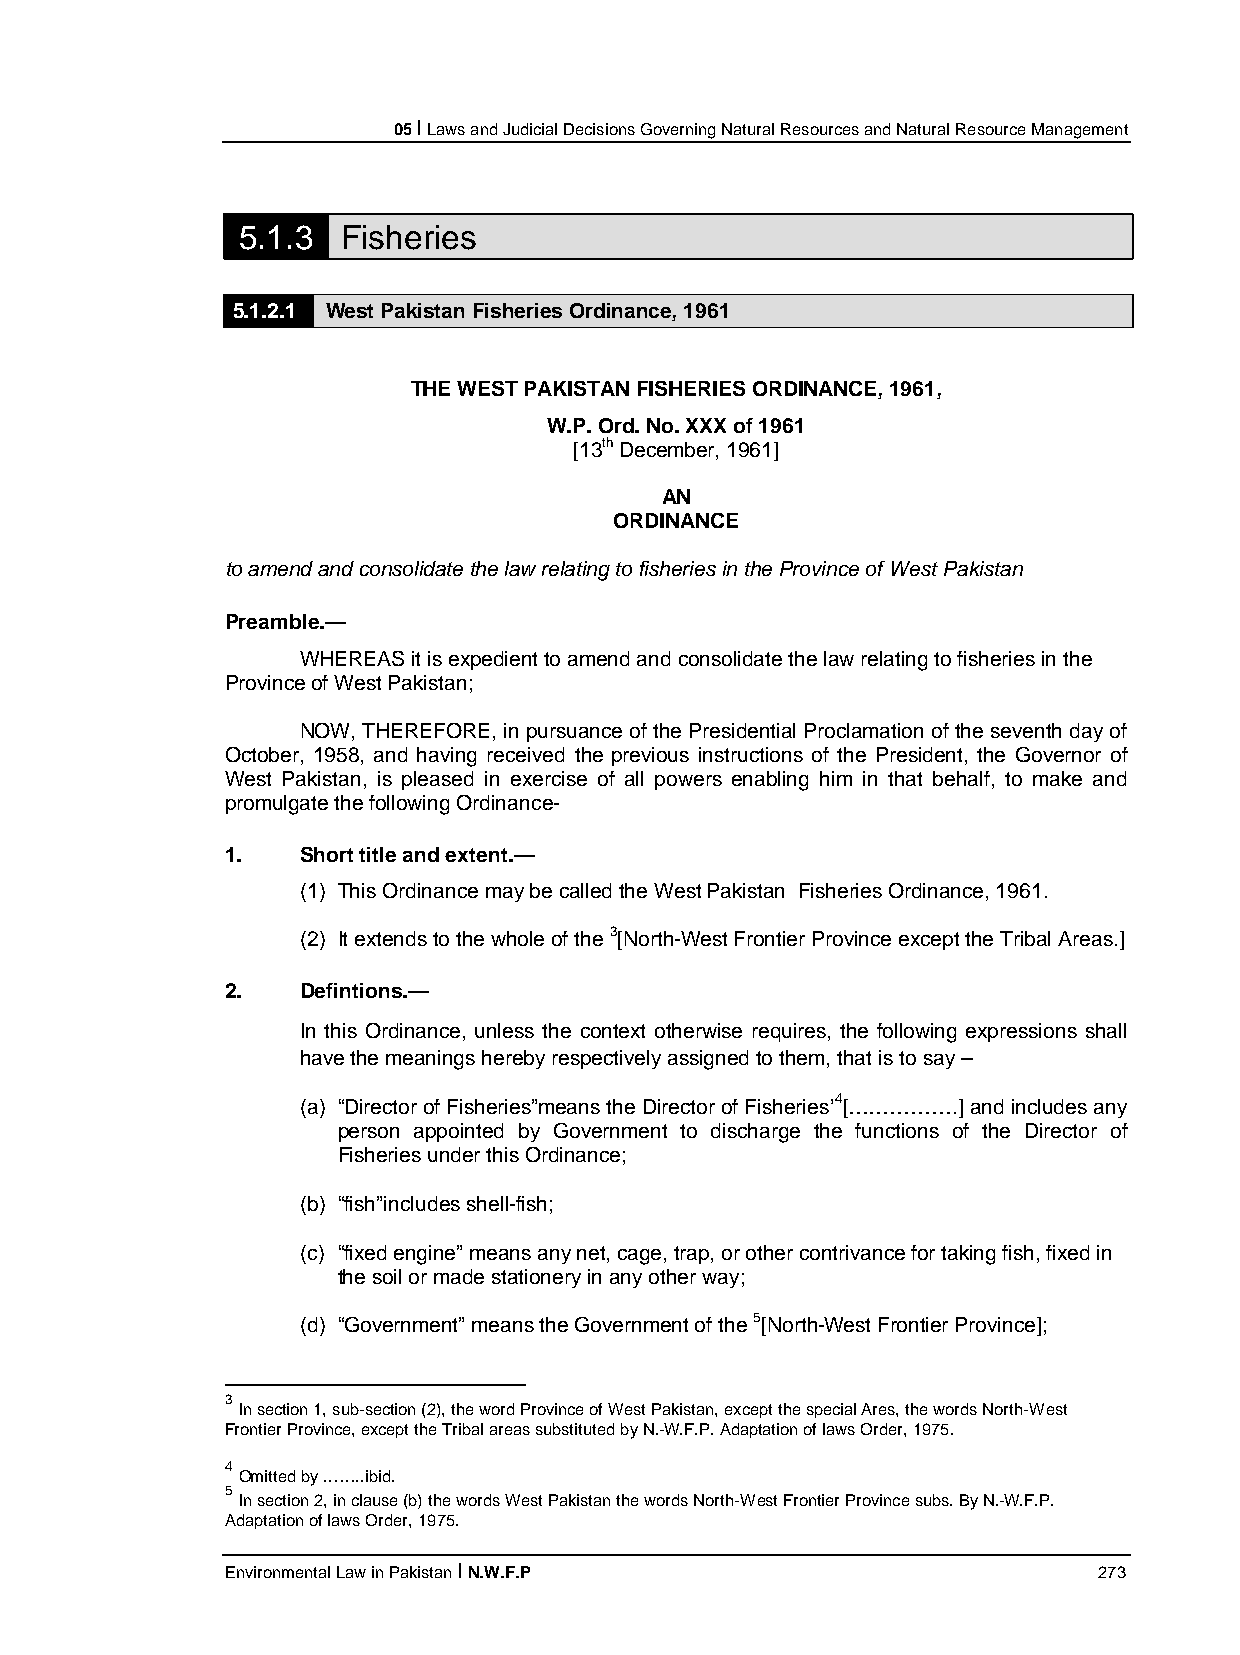
05 I Laws and Judicial Decisions Governing Natural Resources and Natural Resource Management
 5.1.3  Fisheries
 5.1.2.1 West Pakistan Fisheries Ordinance, 1961
 THE WEST PAKISTAN FISHERIES ORDINANCE, 1961,
 W.P. Ord. No. XXX of 1961
 [13th December, 1961]
 AN
 ORDINANCE
 to amend and consolidate the law relating to fisheries in the Province of West Pakistan
 Preamble.—
 WHEREAS it is expedient to amend and consolidate the law relating to fisheries in the
 Province of West Pakistan;
 NOW, THEREFORE, in pursuance of the Presidential Proclamation of the seventh day of
 October, 1958, and having received the previous instructions of the President, the Governor of
 West Pakistan, is pleased in exercise of all powers enabling him in that behalf, to make and
 promulgate the following Ordinance-
 1.   Short title and extent.—
 (1) This Ordinance may be called the West Pakistan Fisheries Ordinance, 1961.
 (2) It extends to the whole of the 3[North-West Frontier Province except the Tribal Areas.]
 2.   Defintions.—
 In this Ordinance, unless the context otherwise requires, the following expressions shall
 have the meanings hereby respectively assigned to them, that is to say –
 (a) “Director of Fisheries”means the Director of Fisheries’4[…………….] and includes any
 person appointed by Government to discharge the functions of the Director of
 Fisheries under this Ordinance;
 (b) “fish”includes shell-fish;
 (c) “fixed engine” means any net, cage, trap, or other contrivance for taking fish, fixed in
 the soil or made stationery in any other way;
 (d) “Government” means the Government of the 5[North-West Frontier Province];
 3
 In section 1, sub-section (2), the word Province of West Pakistan, except the special Ares, the words North-West
 Frontier Province, except the Tribal areas substituted by N.-W.F.P. Adaptation of laws Order, 1975.
 4
 Omitted by ……..ibid.
 5
 In section 2, in clause (b) the words West Pakistan the words North-West Frontier Province subs. By N.-W.F.P.
 Adaptation of laws Order, 1975.
 Environmental Law in Pakistan I N.W.F.P                   273